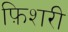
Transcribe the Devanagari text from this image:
फ़िशरी